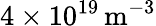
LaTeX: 4\times 10^{19}\, \mathrm{m}^{-3}